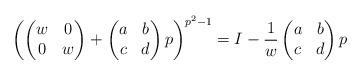
LaTeX: \begin{align*}\left( \begin{pmatrix} w & 0 \\ 0 & w \end{pmatrix} + \begin{pmatrix} a & b \\ c & d \end{pmatrix} p \right)^{p^2-1} = I - \frac{1}{w}\begin{pmatrix} a & b \\ c & d \end{pmatrix} p\end{align*}